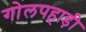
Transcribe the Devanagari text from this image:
गोलपहाड़ी